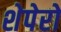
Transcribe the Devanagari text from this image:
शेपेरो